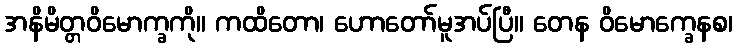
အနိမိတ္တဝိမောက္ခကို။ ကထိတော၊ ဟောတော်မူအပ်ပြီ။ တေန ဝိမောက္ခေနစ၊